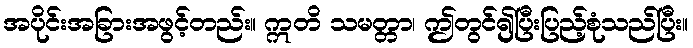
အပိုင်းအခြားအဖွင့်တည်း။ ဣတိ သမတ္တာ၊ ဤတွင်၍ပြီးပြည့်စုံသည်ပြီး။